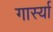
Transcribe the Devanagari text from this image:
गार्स्या